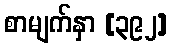
စာမျက်နှာ [၃၉၂]